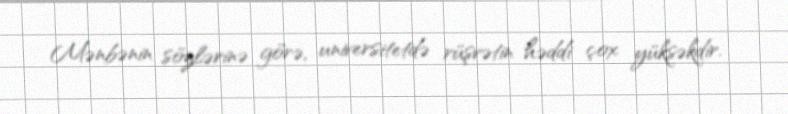
Mənbənin sözlərinə görə, universitetdə rüşvətin həddi çox yüksəkdir.